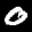
Label: 0